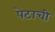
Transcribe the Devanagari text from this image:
पेटाची